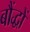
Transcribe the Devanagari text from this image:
बौंद्धों